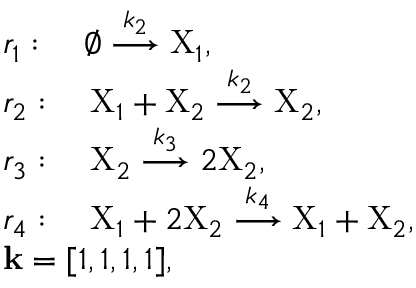
\begin{array} { r l } & { r _ { 1 } : \quad \varnothing \stackrel { k _ { 2 } } { \longrightarrow } \mathrm { X } _ { 1 } , } \\ & { r _ { 2 } : \quad \mathrm { X } _ { 1 } + \mathrm { X } _ { 2 } \stackrel { k _ { 2 } } { \longrightarrow } \mathrm { X } _ { 2 } , } \\ & { r _ { 3 } : \quad \mathrm { X } _ { 2 } \stackrel { k _ { 3 } } { \longrightarrow } 2 \mathrm { X } _ { 2 } , } \\ & { r _ { 4 } : \quad \mathrm { X } _ { 1 } + 2 \mathrm { X } _ { 2 } \stackrel { k _ { 4 } } { \longrightarrow } \mathrm { X } _ { 1 } + \mathrm { X } _ { 2 } , } \\ & { \mathbf { k } = [ 1 , 1 , 1 , 1 ] , } \end{array}